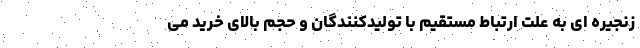
زنجیره ای به علت ارتباط مستقیم با تولیدکنندگان و حجم بالای خرید می